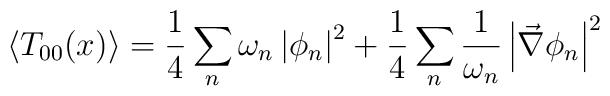
\left\langle T_{00}(x)\right\rangle =\frac{1}{4}\sum_{n}\omega _{n}\left|\phi _{n}\right| ^{2}+\frac{1}{4}\sum_{n}\frac{1}{\omega _{n}}\left| \vec{\nabla}\phi _{n}\right| ^{2}